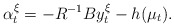
\begin{align*}\alpha_t^{\xi}=-R^{-1}By_t^{\xi}-h(\mu_t).\end{align*}